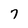
Character: 7